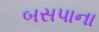
બસપાના